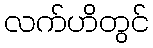
လက်ဟိတွင်